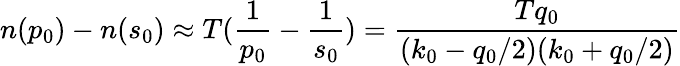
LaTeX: n(p_{0})-n(s_{0})\approx T({\frac{1}{p_{0}}}-{\frac{1}{s_{0}}})={\frac{Tq_{0}}{(k_{0}-q_{0}/2)(k_{0}+q_{0}/2)}}